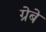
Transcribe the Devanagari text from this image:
ग्रेबे